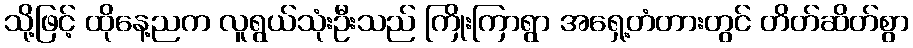
သို့ဖြင့် ထိုနေ့ညက လူရွယ်သုံးဦးသည် ကြိုးကြာရွာ အရှေ့တံတားတွင် တိတ်ဆိတ်စွာ